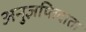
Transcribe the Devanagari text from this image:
अनुज्ञप्तिदाता